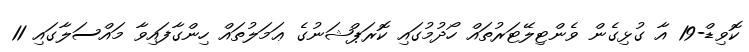
ކޮވިޑް-19 އާ ގުޅިގެން ވެންޓިލޭޓަރުތައް ހޯދުމުގައި ކޮރަޕްޝަނުގެ ޢަމަލުތައް ހިންގާފައިވާ މައްސަލާގައި 11